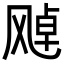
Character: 𩙩